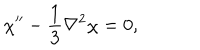
\quad \chi ^ { \prime \prime } - \frac { 1 } { 3 } \nabla ^ { 2 } \chi = 0 ,